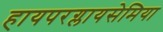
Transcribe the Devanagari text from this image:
हायपरग्लायसेमिया